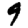
Digit: 9